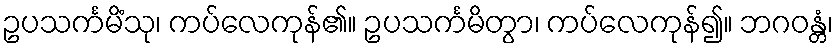
ဥပသင်္ကမိံသု၊ ကပ်လေကုန်၏။ ဥပသင်္ကမိတွာ၊ ကပ်လေကုန်၍။ ဘဂဝန္တံ၊